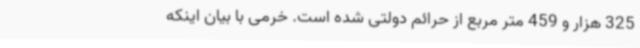
325 هزار و 459 متر مربع از حرائم دولتی شده است. خرمی با بیان اینکه